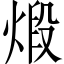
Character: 煅